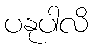
ပနုပါလိ